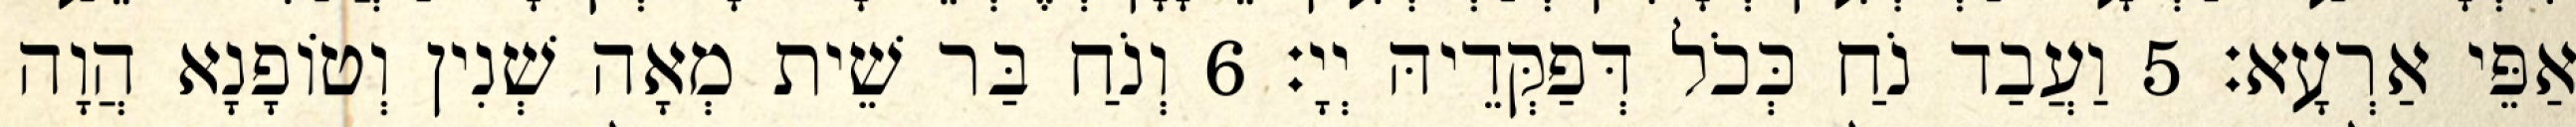
אַפֵּי אַרְעָא׃ 5 וַעֲבַד נֹחַ כְּכֹל דְּפַקְּדֵיהּ יְיָ׃ 6 וְנֹחַ בַּר שֵׁית מְאָה שְׁנִין וְטוֹפָנָא הֲוָה